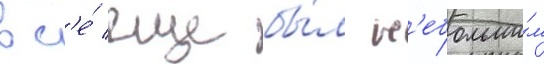
вс'е́ еще бы́л н'ебольши́м